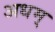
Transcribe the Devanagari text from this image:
अधम्